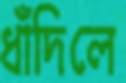
ধাঁদিলে